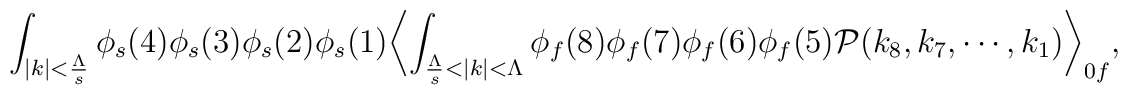
\int_{|k|<\frac{\Lambda}{s}}\phi_s(4)\phi_s(3)\phi_s(2)\phi_s(1)\biggl<\int_{\frac{\Lambda}{s}<|k|<\Lambda}\phi_f(8)\phi_f(7)\phi_f(6)\phi_f(5){\cal P}(k_8,k_7,\cdots,k_1)\biggr>_{0f},